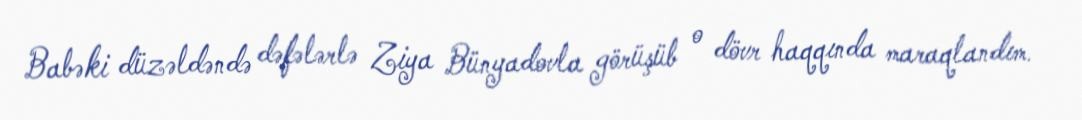
Babəki düzəldəndə dəfələrlə Ziya Bünyadovla görüşüb o dövr haqqında maraqlandım.